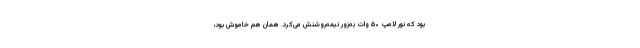
بود که نور لامپ ۵۰ وات به‌زور نیمه‌روشنش می‌کرد. همان هم خاموش بود،